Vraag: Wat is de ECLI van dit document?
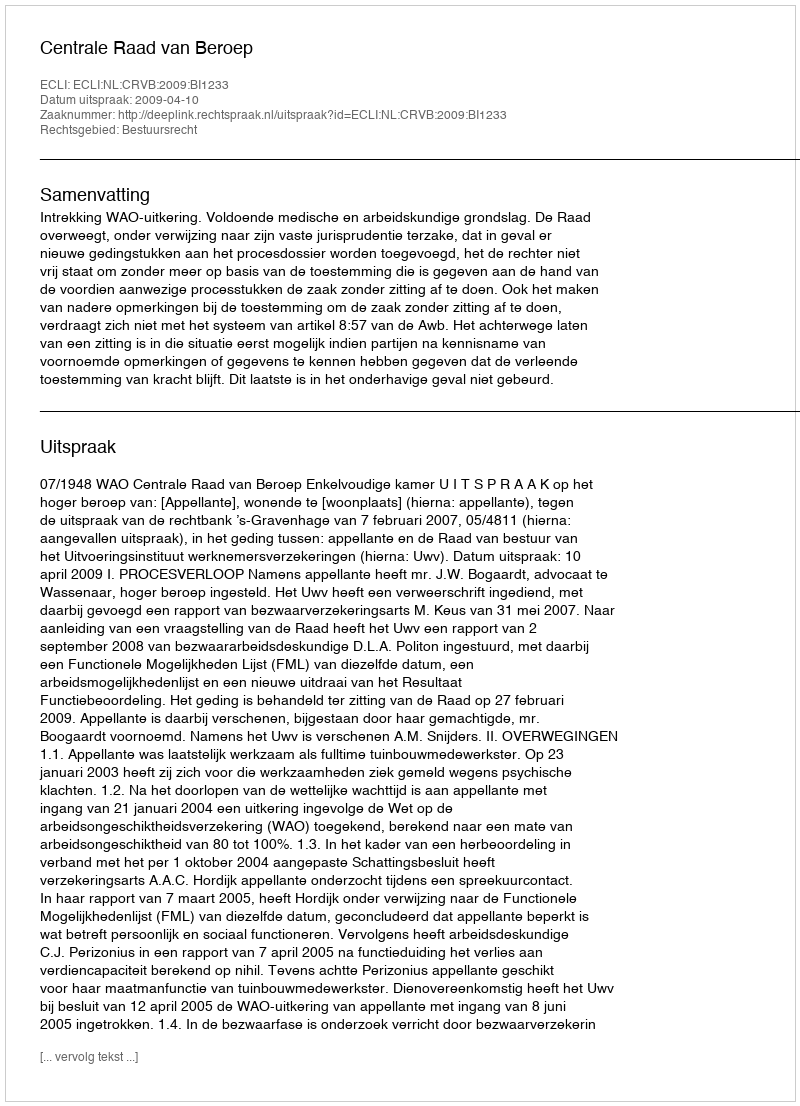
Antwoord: ECLI:NL:CRVB:2009:BI1233